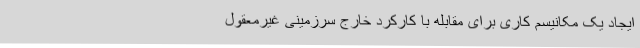
ایجاد یک مکانیسم کاری برای مقابله با کارکرد خارج سرزمینی غیرمعقول